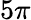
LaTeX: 5\pi